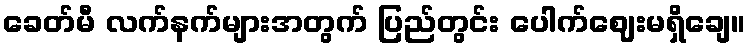
ခေတ်မီ လက်နက်များအတွက် ပြည်တွင်း ပေါက်ဈေးမရှိချေ။